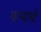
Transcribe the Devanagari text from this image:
वाऱ्यांची